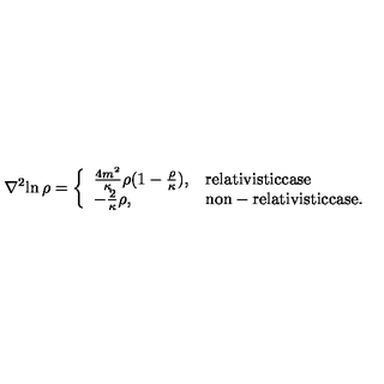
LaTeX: { { \nabla } ^ { 2 } } { \ln { \rho } } = \left\{ \begin{array} { l l } { { \frac { 4 m ^ { 2 } } { \kappa } } \rho { ( 1 - { \frac { \rho } { \kappa } } ) } , } & { \mathrm { r e l a t i v i s t i c c a s e } } \\ { - { \frac { 2 } { \kappa } } \rho , } & { \mathrm { n o n - r e l a t i v i s t i c c a s e . } } \\ \end{array} \right.